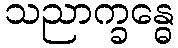
သညာက္ခန္ဓေ